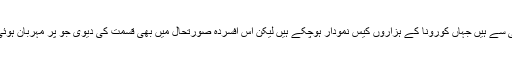
جو کا تعلق کولاراڈو کی پیبلو کاؤنٹی سے ہیں جہاں کورونا کے ہزاروں کیس نمودار ہوچکے ہیں لیکن اس افسردہ صورتحال میں بھی قسمت کی دیوی جو پر مہربان ہوئی اور اب وہ کروڑ پتی بن چکے ہیں۔